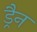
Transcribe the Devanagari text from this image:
ड्रैन